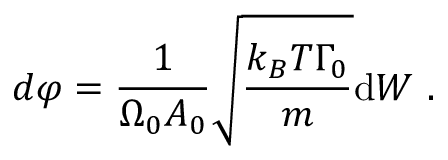
d \varphi = \frac { 1 } { \Omega _ { 0 } A _ { 0 } } \sqrt { \frac { k _ { B } T \Gamma _ { 0 } } { m } } \mathrm { d } W \mathrm { ~ . ~ }